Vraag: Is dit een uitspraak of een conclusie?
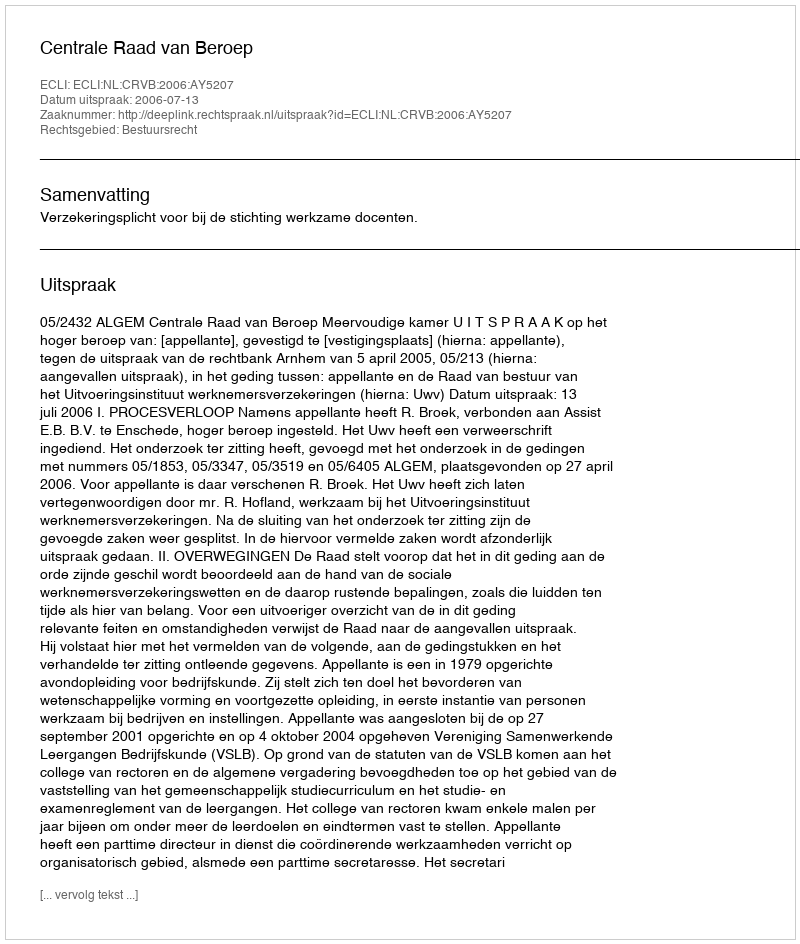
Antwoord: Uitspraak